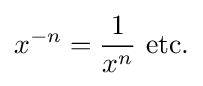
x^{-n}={\frac {1}{x^{n}}}{\text{ etc.}}